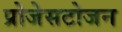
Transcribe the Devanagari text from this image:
प्रोजेसटोजन